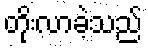
တိုးလာခဲ့သည်